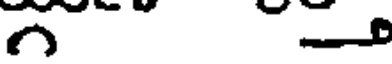
గ